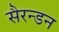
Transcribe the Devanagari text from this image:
सैरन्डन